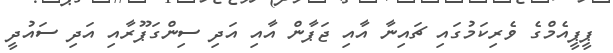
ޕީޕީއެމްގެ ވެރިކަމުގައި ޗައިނާ އާއި ޖަޕާން އާއި އަދި ސިންގަޕޫރާއި އަދި ސައުދީ